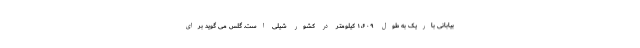
بیابانی باریک به طول ۱،۶۰۹ کیلومتر در کشور شیلی است. گلس می گوید برای